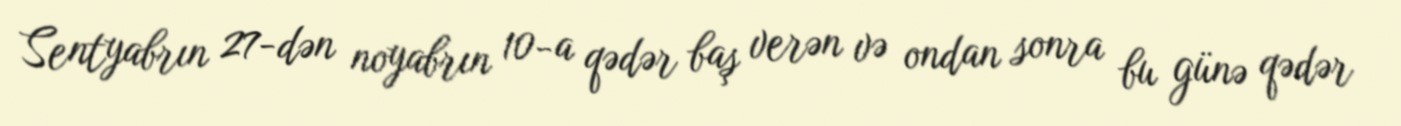
Sentyabrın 27-dən noyabrın 10-a qədər baş verən və ondan sonra bu günə qədər